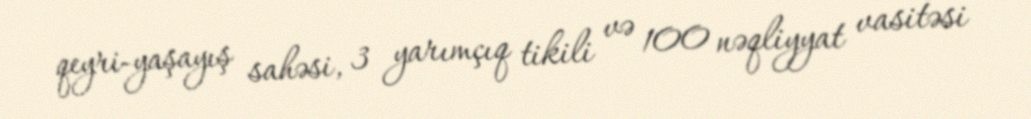
qeyri-yaşayış sahəsi, 3 yarımçıq tikili və 100 nəqliyyat vasitəsi